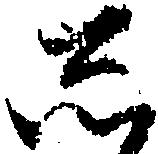
し